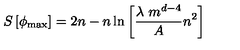
S \left[ \phi _ { \mathrm { m a x } } \right] = 2 n - n \ln { \left[ { \frac { \lambda \ m ^ { d - 4 } } { A } } n ^ { 2 } \right] }